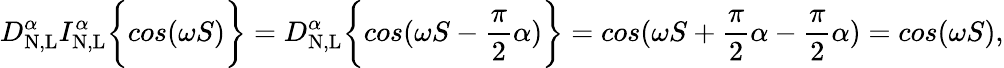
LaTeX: D_{\mathrm{N,L}}^{\alpha}I_{\mathrm{N,L}}^{\alpha}\bigg\{ {cos(\omega S)\bigg\} }=D_{\mathrm{N,L}}^{\alpha}\bigg\{ {cos(\omega S-\frac{\pi}{2}\alpha)\bigg\} }=cos(\omega S+\frac{\pi}{2}\alpha-\frac{\pi}{2}\alpha)=cos(\omega S),